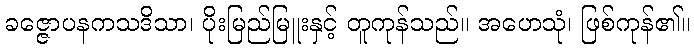
ခဇ္ဇောပနကသဒိသာ၊ ပိုးမြည်မြူးနှင့် တူကုန်သည်။ အဟေသုံ၊ ဖြစ်ကုန်၏။